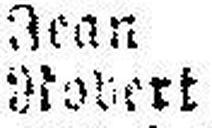
Robert